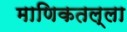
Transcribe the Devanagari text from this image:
माणिकतल्ला